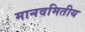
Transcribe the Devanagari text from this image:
मानवमितीय